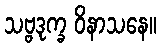
သဗ္ဗဒုက္ခ ဝိနာသနေ။